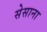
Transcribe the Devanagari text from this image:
सेसाना